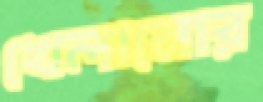
খেলানোর